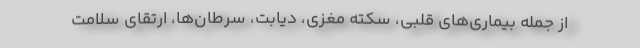
از جمله بیماری‌های قلبی، سکته مغزی، دیابت، سرطان‌ها، ارتقای سلامت